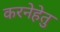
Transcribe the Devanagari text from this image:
करनेहेतु